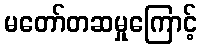
မတော်တဆမှုကြောင့်